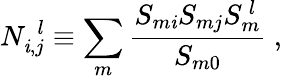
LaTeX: N_{\mathit{i},j}^{~~l}\equiv\sum_{m}\frac{{S_{m\mathit{i}}S_{mj}S_{m}^{~l}}}{{S_{m0}}}~,